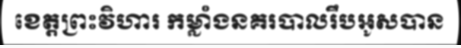
ខេត្តព្រះវិហារ កម្លាំងនគរបាលរឹបអូសបាន